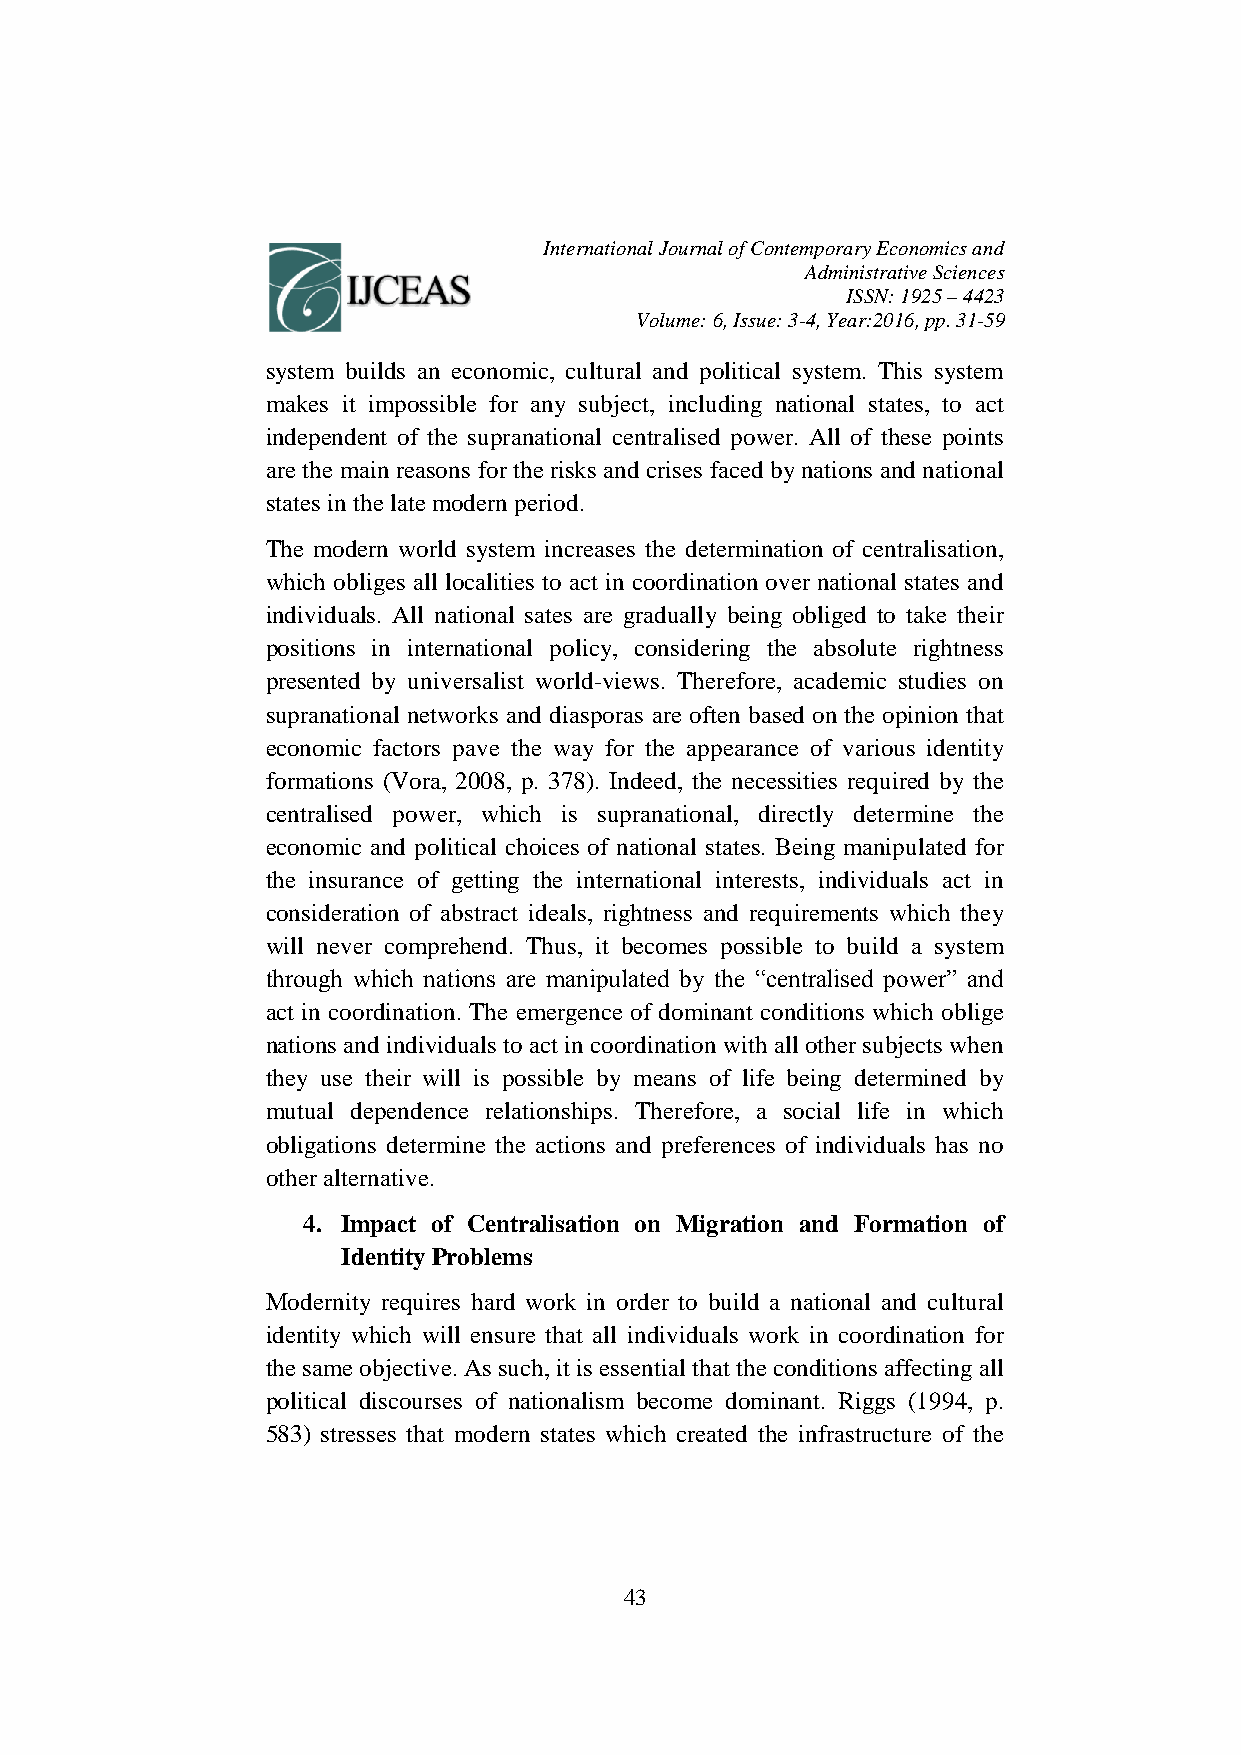
International Journal of Contemporary Economics and
 Administrative Sciences
 ISSN: 1925 – 4423
 Volume: 6, Issue: 3-4, Year:2016, pp. 31-59
 system builds an economic, cultural and political system. This system
 makes it impossible for any subject, including national states, to act
 independent of the supranational centralised power. All of these points
 are the main reasons for the risks and crises faced by nations and national
 states in the late modern period.
 The modern world system increases the determination of centralisation,
 which obliges all localities to act in coordination over national states and
 individuals. All national sates are gradually being obliged to take their
 positions in international policy, considering the absolute rightness
 presented by universalist world-views. Therefore, academic studies on
 supranational networks and diasporas are often based on the opinion that
 economic factors pave the way for the appearance of various identity
 formations (Vora, 2008, p. 378). Indeed, the necessities required by the
 centralised power, which is supranational, directly determine the
 economic and political choices of national states. Being manipulated for
 the insurance of getting the international interests, individuals act in
 consideration of abstract ideals, rightness and requirements which they
 will never comprehend. Thus, it becomes possible to build a system
 through which nations are manipulated by the “centralised power” and
 act in coordination. The emergence of dominant conditions which oblige
 nations and individuals to act in coordination with all other subjects when
 they use their will is possible by means of life being determined by
 mutual dependence relationships. Therefore, a social life in which
 obligations determine the actions and preferences of individuals has no
 other alternative.
 4. Impact of Centralisation on Migration and Formation of
 Identity Problems
 Modernity requires hard work in order to build a national and cultural
 identity which will ensure that all individuals work in coordination for
 the same objective. As such, it is essential that the conditions affecting all
 political discourses of nationalism become dominant. Riggs (1994, p.
 583) stresses that modern states which created the infrastructure of the
 43